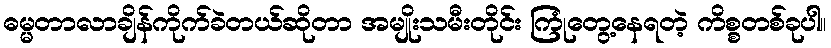
ဓမ္မတာလာချိန်ကိုက်ခဲတယ်ဆိုတာ အမျိုးသမီးတိုင်း ကြုံတွေ့နေရတဲ့ ကိစ္စတစ်ခုပါ။